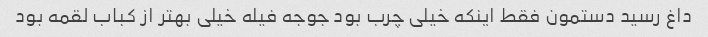
داغ رسید دستمون فقط اینکه خیلی چرب بود جوجه فیله خیلی بهتر از کباب لقمه بود